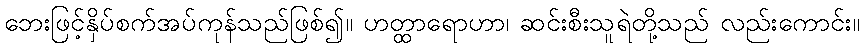
ဘေးဖြင့်နှိပ်စက်အပ်ကုန်သည်ဖြစ်၍။ ဟတ္ထာရောဟာ၊ ဆင်းစီးသူရဲတို့သည် လည်းကောင်း။